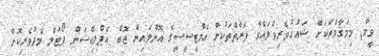
ވީމާ